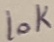
Text: 10K